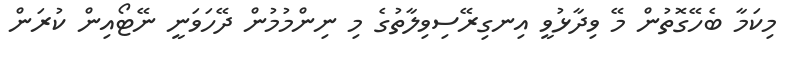
މިކަމާ ބެހޭގޮތުން މޭ ވިދާޅުވީ އިނގިރޭސިވިލާތުގެ މި ނިންމުމުން ދޭހަވަނީ ނޭޓޯއިން ކުރަން